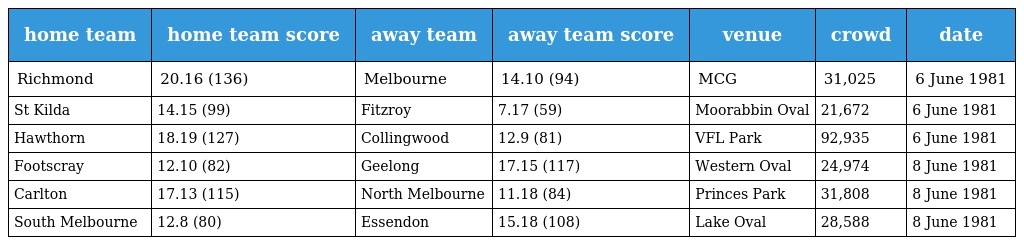
| home team | home team score | away team | away team score | venue | crowd | date |
 | --- | --- | --- | --- | --- | --- | --- |
 | Richmond | 20.16 (136) | Melbourne | 14.10 (94) | MCG | 31,025 | 6 June 1981 |
 | St Kilda | 14.15 (99) | Fitzroy | 7.17 (59) | Moorabbin Oval | 21,672 | 6 June 1981 |
 | Hawthorn | 18.19 (127) | Collingwood | 12.9 (81) | VFL Park | 92,935 | 6 June 1981 |
 | Footscray | 12.10 (82) | Geelong | 17.15 (117) | Western Oval | 24,974 | 8 June 1981 |
 | Carlton | 17.13 (115) | North Melbourne | 11.18 (84) | Princes Park | 31,808 | 8 June 1981 |
 | South Melbourne | 12.8 (80) | Essendon | 15.18 (108) | Lake Oval | 28,588 | 8 June 1981 |